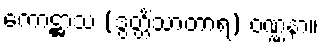
ကောဋ္ဌာသ (ဒွတ္တိံသာတာရ) ဝဏ္ဏနာ။